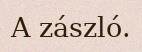
A zászló.